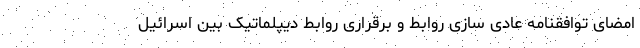
امضای توافقنامه عادی سازی روابط و برقراری روابط دیپلماتیک بین اسرائیل